Civil Veterinary Dept. Bombay admin report 1932-41 - 1932-1941
Year: 1932
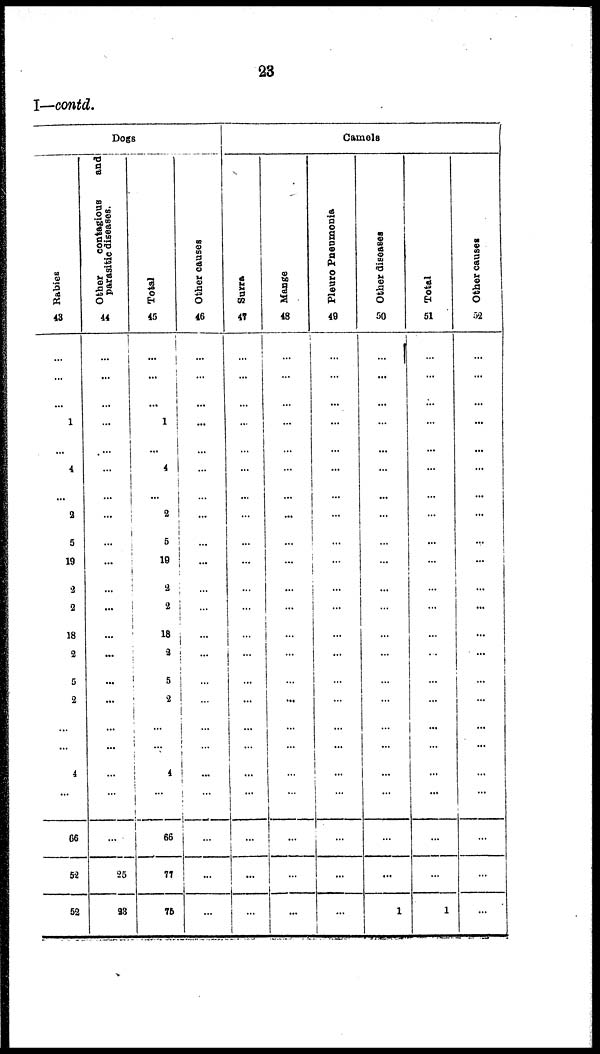
23
I—contd.
Dogs
Rabies
43
...
...
...
1
...
4
...
2
5
19
2
2
18
2
5
2
...
...
4
...
66
52
59
Other
contagious
and
parasitic diseases.
44
...
...
...
...
...
...
...
...
...
...
...
...
...
...
...
...
...
...
...
...
...
25
23
Total
45
...
...
...
1
...
4
...
2
5
19
3
2
18
2
5
...
...
...
4
...
66
77
75
Other causes
46
...
...
...
...
...
...
...
...
...
...
...
...
...
...
...
...
...
...
...
...
...
...
...
Camels
Surra
47
...
...
...
...
...
...
...
...
...
...
...
...
...
...
...
...
...
...
...
...
...
...
...
Mange
48
...
...
...
...
...
...
...
...
...
...
...
...
...
...
...
...
...
...
...
...
...
...
...
Pleuro Pneumonia
49
...
...
...
...
...
...
...
...
...
...
...
...
...
...
...
...
...
...
...
...
...
...
...
Other diseases
50
...
...
...
...
...
...
...
...
...
...
...
...
...
...
...
...
...
...
...
...
...
...
1
Total
51
...
...
...
...
...
...
...
...
...
...
...
...
...
...
...
...
...
...
...
...
...
...
1
Other causes
52
...
...
...
...
...
...
...
...
...
...
...
...
...
...
...
...
...
...
...
...
...
...
...